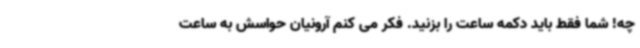
چه! شما فقط باید دکمه ساعت را بزنید. فکر می کنم آرونیان حواسش به ساعت